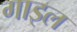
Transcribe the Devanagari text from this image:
गाइल